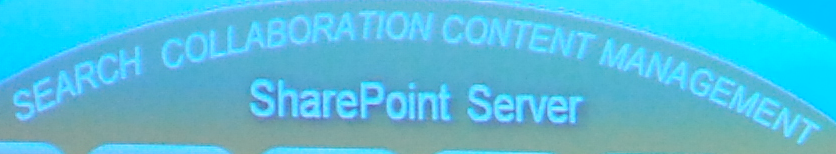
SEARCH COLLABORATION CONTENT MANAGEMENT